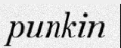
punkin